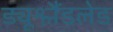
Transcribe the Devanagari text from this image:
ड्यूश्लैंडलेड